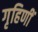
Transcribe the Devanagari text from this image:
गृहिणीं